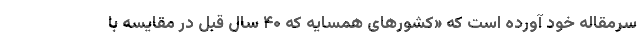
سرمقاله خود آورده است که «کشورهای همسایه که ۴۰ سال قبل در مقایسه با